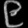
Digit: ၉